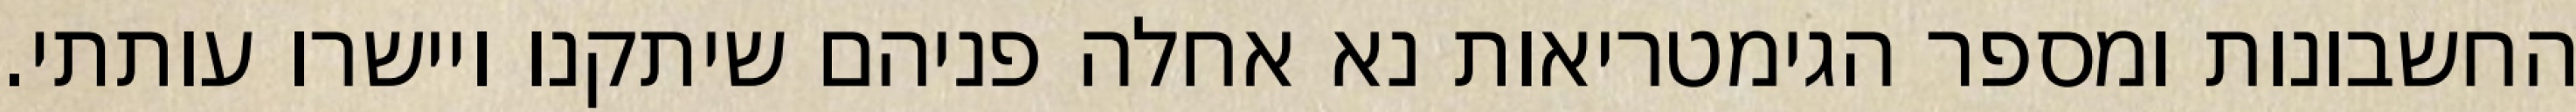
החשבונות ומספר הגימטריאות נא אחלה פניהם שיתקנו ויישרו עותתי.